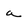
Character: a